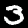
Label: 3